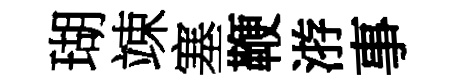
瑚竦塞鞭㳺事